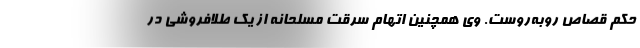
حکم قصاص روبه‌روست. وی همچنین اتهام سرقت مسلحانه از یک طلافروشی در